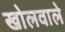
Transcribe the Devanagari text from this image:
खोलवाले